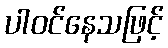
ပါဝင်နေသဖြင့်